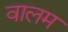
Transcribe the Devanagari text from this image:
वालम